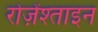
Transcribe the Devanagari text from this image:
रोज़ेंश्ताइन